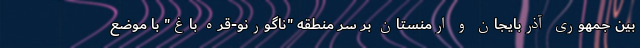
بین جمهوری آذربایجان و ارمنستان بر سر منطقه "ناگورنو-قره باغ" با موضع